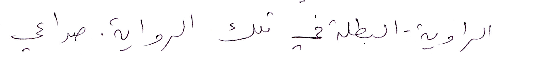
الراوية-البطلة في تلك الرواية. صراعي